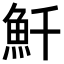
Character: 𩵞